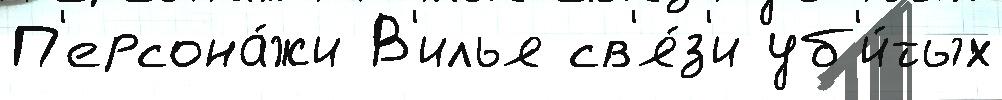
П'ерсона́жи В'илья св'я́з'и уб'и́тых